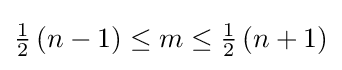
{\textstyle {\frac {1}{2}}\left(n-1\right)\leq m\leq {\frac {1}{2}}\left(n+1\right)}